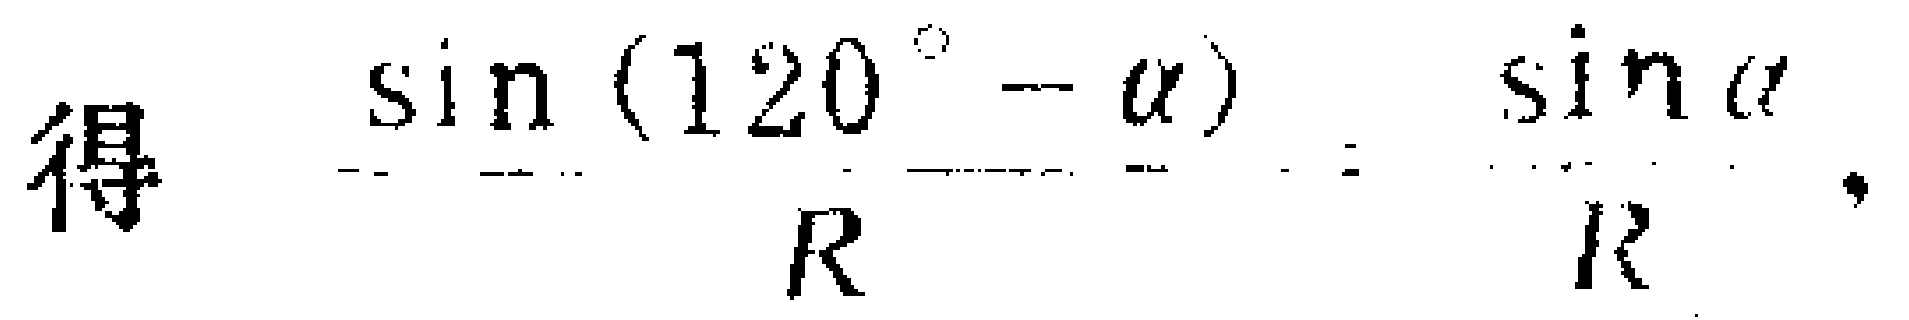
得 $\frac{\sin(120^{\circ}-\alpha)}{R}=\frac{\sin\alpha}{R}.$